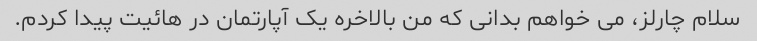
سلام چارلز، می خواهم بدانی که من بالاخره یک آپارتمان در هائیت پیدا کردم.